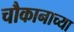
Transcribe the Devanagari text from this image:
चौकानाच्या